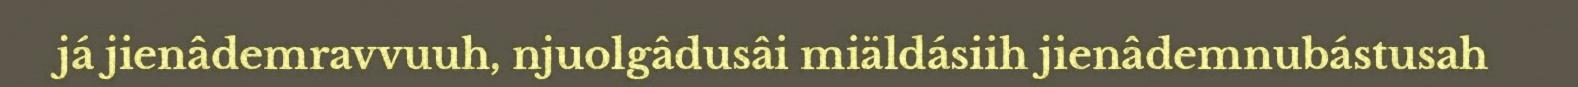
já jienâdemravvuuh, njuolgâdusâi miäldásiih jienâdemnubástusah